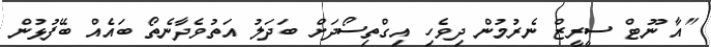
"އާ ނޫޓް ސީރީޒް ނެރުމުން ދިވެހި އިގްތިސޯދަށް ބަދަލު އަތުވެދާނެތޯ ބައެއް ބޭފުޅުން